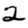
Digit: 2